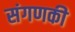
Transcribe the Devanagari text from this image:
संगणकी